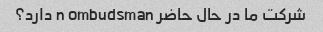
شرکت ما در حال حاضر n ombudsman دارد؟